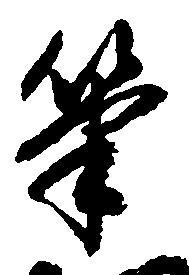
筆